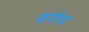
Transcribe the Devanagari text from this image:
वर्गच